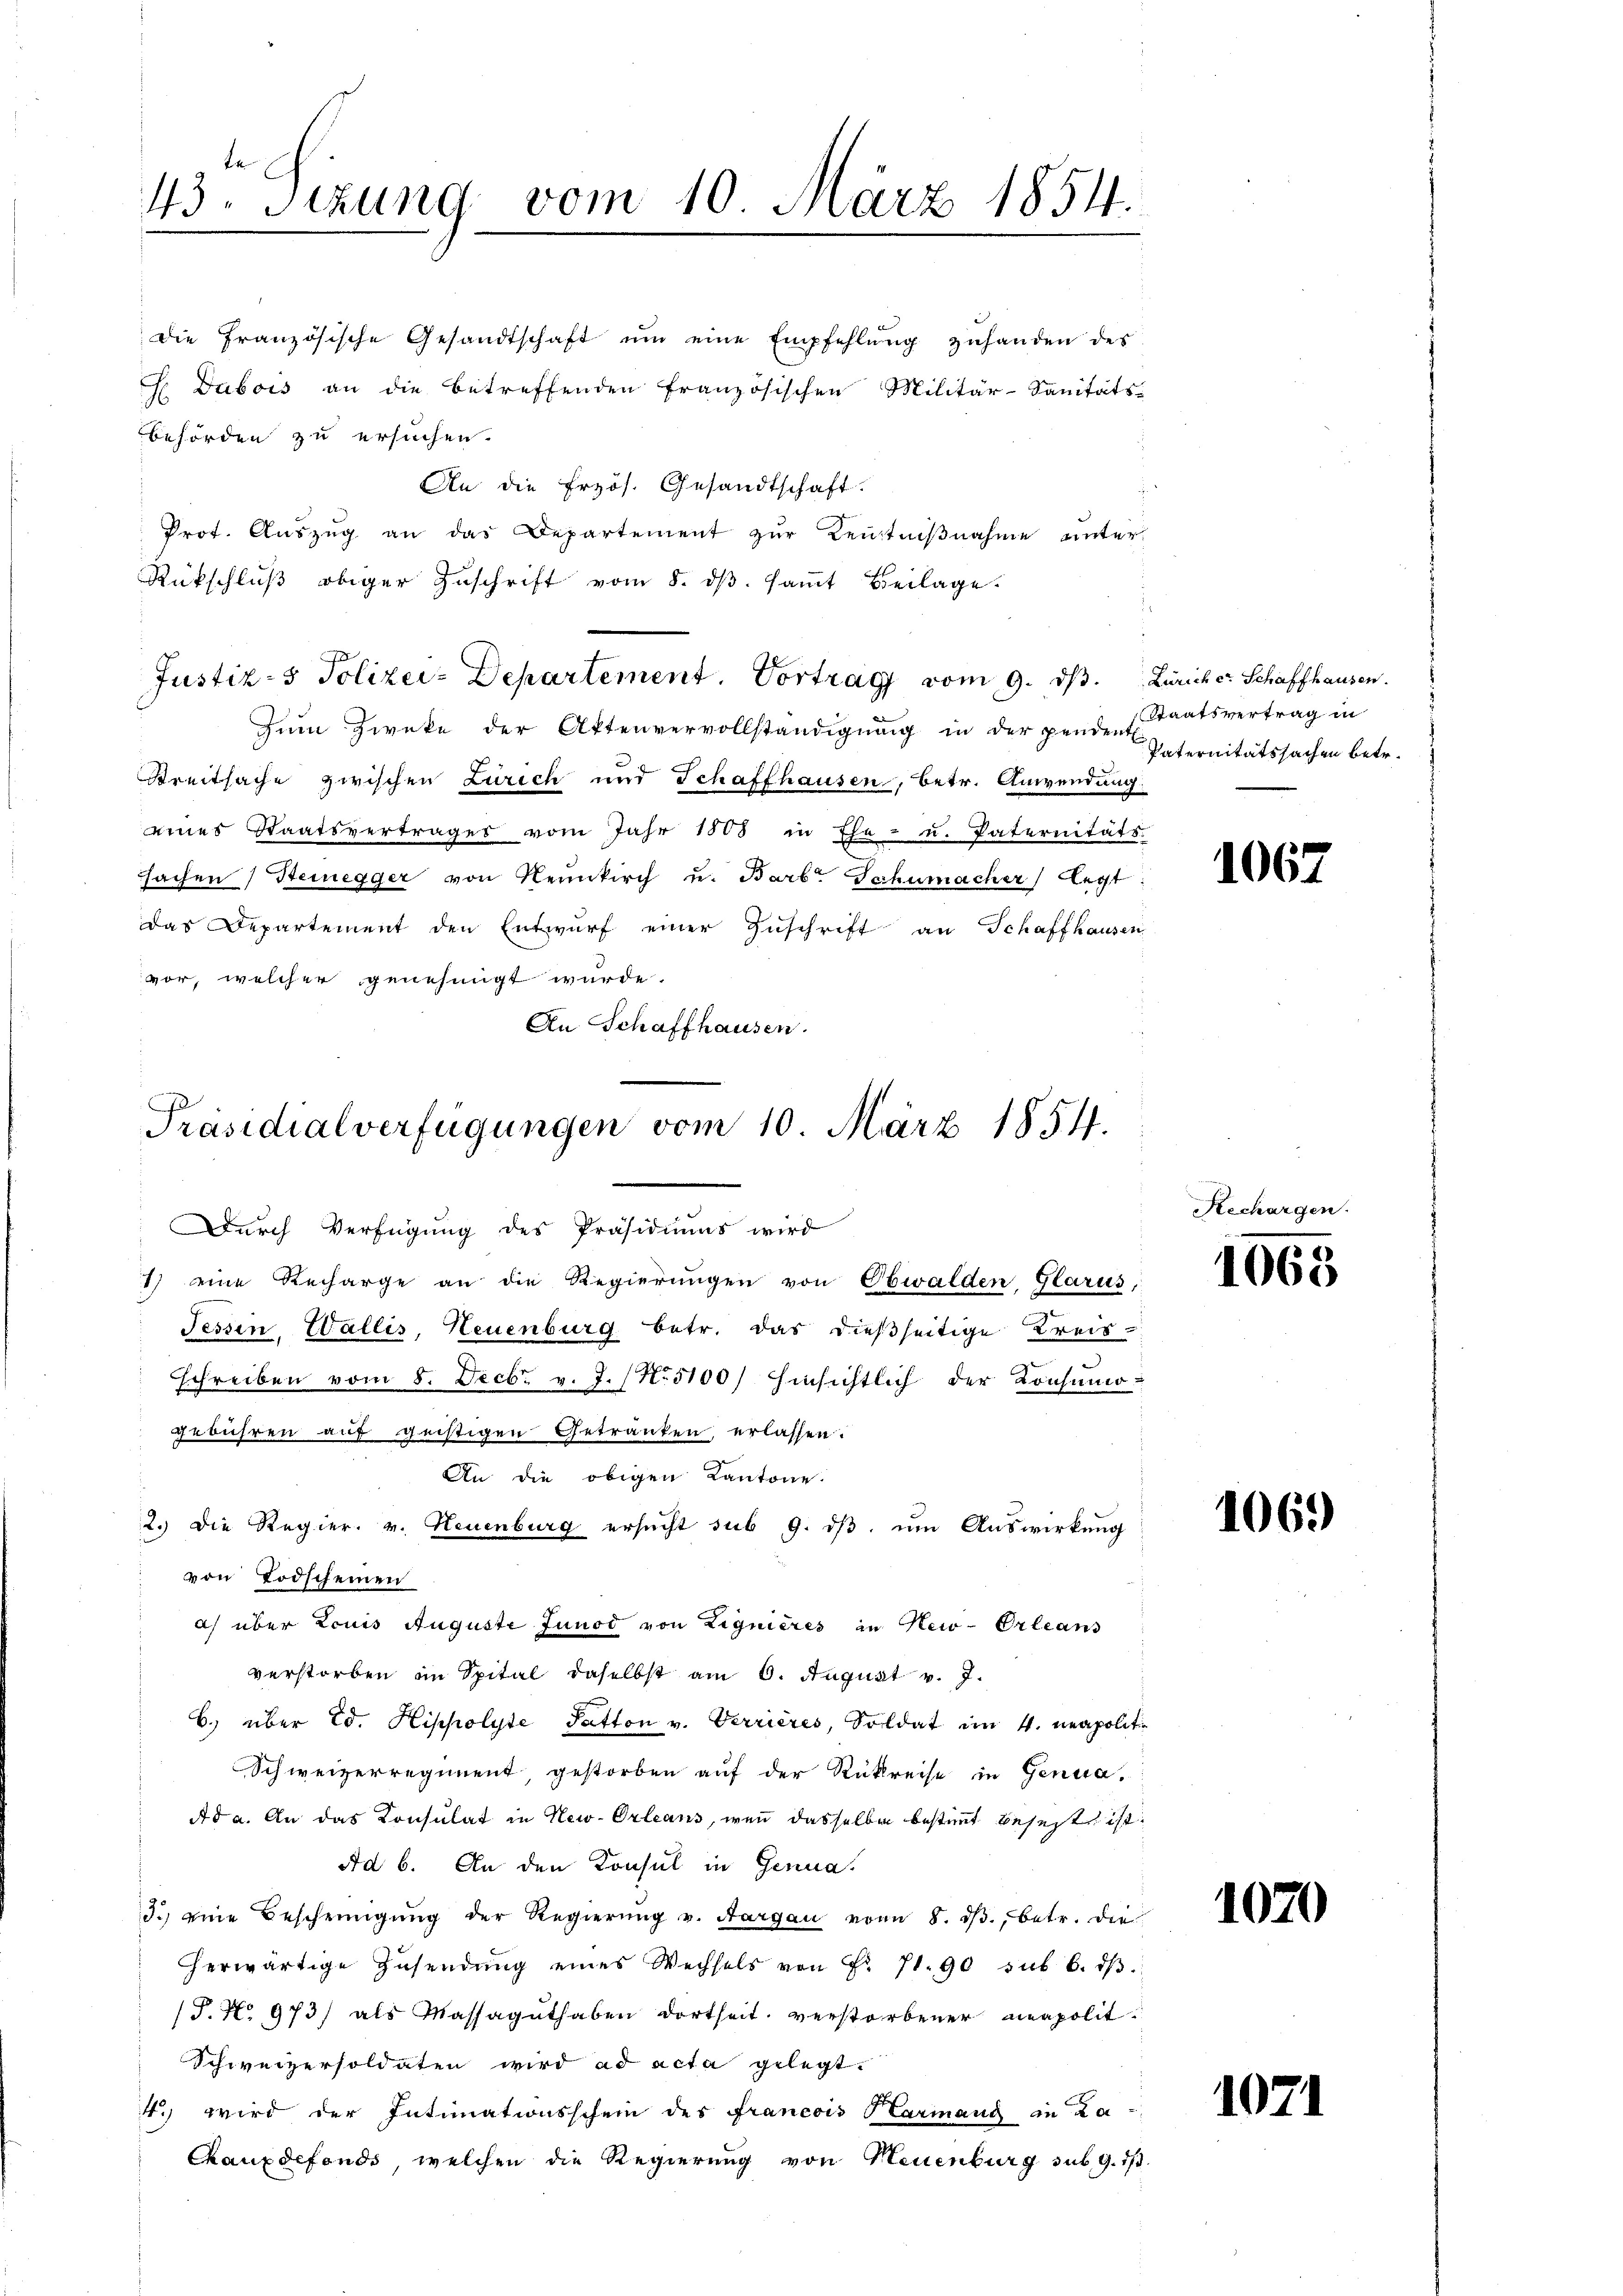
43. Sizung vom 10. März 1854.

die Französische Gesandtschaft ŭm eine Empfehlŭng zŭhanden des
J Dubois an die betreffenden französischen Militär-Sanitäts-
behörden zu ersuchen.
An die frzös. Gesandtschaft.
Prot. Aŭszŭg an das Departement zŭr Kenntniβnahme unter
Rückschlŭβ obiger Zuschrift vom 8. dβ. saṁt Beilage
Justiz- & Polizei-Departement. Vortrag vom 9. ds. Züricher Schaffhausen.
Zŭm Zwecke der Aktenvervollständigŭng in der pende Staatsvertrag in
Breitsache zwischen Zürich und Schaffhausen, betr. Anwendung
eines Staatsvertrages vom Jahr 1808 in Ehe- u. Paternitäts-
sachen Steinegger von Neunkirch u. Barb. Schumacher legt:
das Departement den Entwurf einer Zuschrift an Schaffhausen
vor, welcher genehmigt wurde.
An Schaffhausen.

Präsidialverfügungen vom 10. März 1854.
Durch Verfügung des Präsidiums wird
1) eine Recharge an die Regierungen von Obwalden, Glarus,

Tessin, Wallis, Neuenburg betr. das dießseitige Kreis¬
Schreiben vom 8. Decbr. v. J. (N. 5100) Hinsichtlich der Konsumo-
gebühren auf geistigen Getränken erlassen.
An die obigen Kantone.
2.) Die Regier. v. Neuenburg ersucht sub 9. dβ, um Auswirkung
von Todscheinen
a) über Louis Auguste Junod von Lignieres in New-Orleans
verstorben in Spital daselbst am 6. August v. J.
C.) über Ed. Hippolyte Satton v. Verrières, Soldat im 4. neapolit.
Schweizerregiment, gestorben auf der Rückreise in Genua,
Ad a. An das Consulat in New-Orleans, wenn dasselben bestimmt befest ist.
Ad 6. An den Konsul in Genua,
3.) eine Bescheinigung der Regierŭng v. Aargau von 8. dβ, betr. die
herwärtige Zŭsendŭng eines Wechsels von Fr. 71. 90 sub 6. dβ
(S. No 973) als Massaguthaben dortheit verstorbener neapolit
Schweizersoldaten wird ad acta gelegt.
4. wird der Intimationsschein des Francois Harmang in La-
Chauxdefonds, welchen die Regierung von Neuenburg sub 9. is

Paternitätssachen betr.

Recha

1067.

1065

1069)

1070

1071

gen.